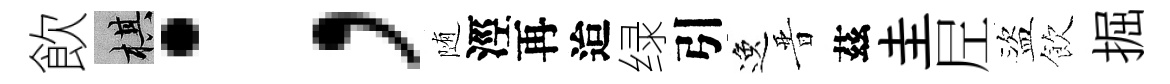
飲棋；随涇再迨绿引逸晋茲圭𡰱盜飲掘